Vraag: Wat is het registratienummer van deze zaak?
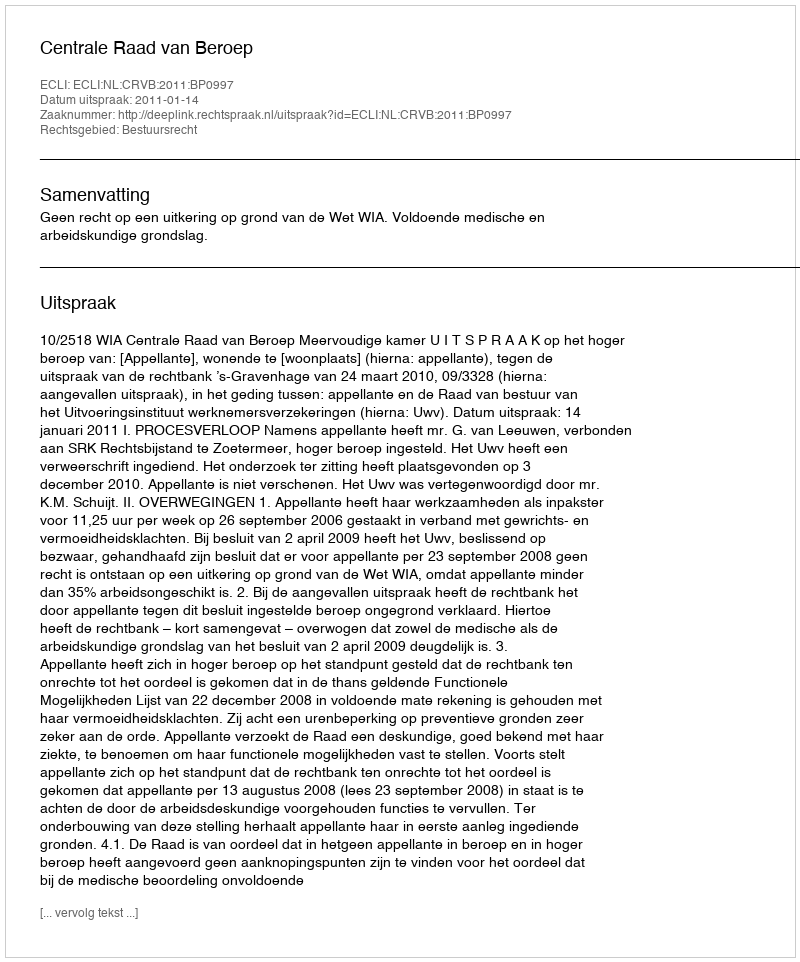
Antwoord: http://deeplink.rechtspraak.nl/uitspraak?id=ECLI:NL:CRVB:2011:BP0997